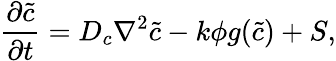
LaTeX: \frac{\partial{\tilde{c}}}{\partial{t}}=D_{c}\nabla^{2}\tilde{c}-k\phi g(\tilde{c})+S,